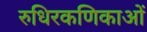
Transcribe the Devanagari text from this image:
रुधिरकणिकाओं